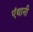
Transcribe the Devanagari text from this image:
एंथानी